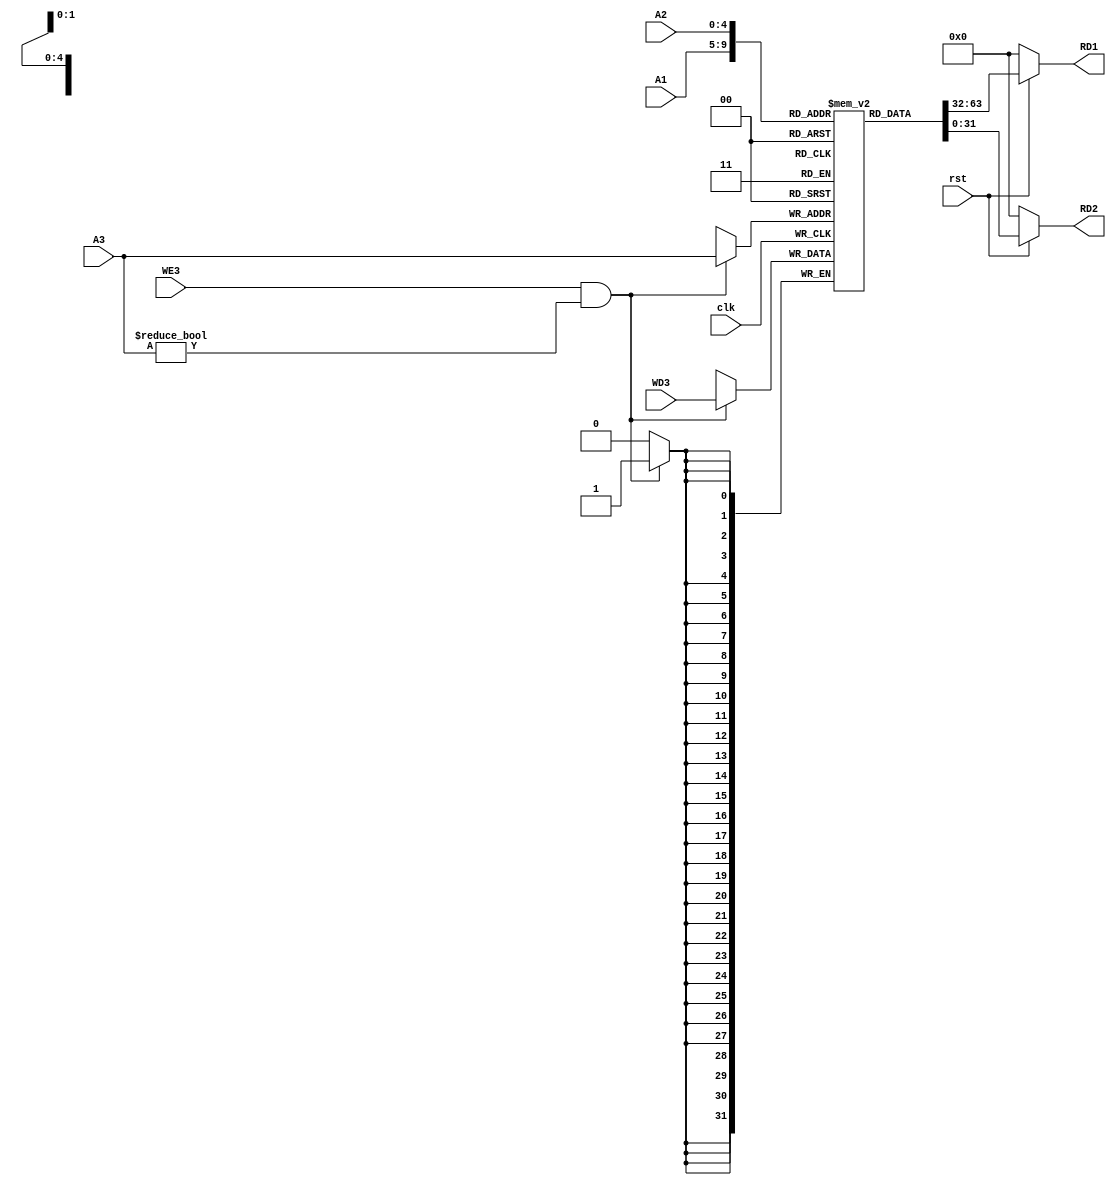
`timescale 1ns / 1ps
//////////////////////////////////////////////////////////////////////////////////
// Company: 
// Engineer: 
// 
// Design Name: 
// Module Name: Register_File
// Project Name: 
// Target Devices: 
// Tool Versions: 
// Description: 
// 
// Dependencies: 
// 
// Revision:
// Revision 0.01 - File Created
// Additional Comments:
// 
//////////////////////////////////////////////////////////////////////////////////


module Register_File(clk,rst,WE3,WD3,A1,A2,A3,RD1,RD2);
    input clk,rst,WE3;
    input [4:0]A1,A2,A3;
    input [31:0]WD3;
    output [31:0]RD1,RD2;

    reg [31:0] Register [31:0];

    always @ (posedge clk)
    begin
        if(WE3 & (A3 != 5'h00))
            Register[A3] <= WD3;
    end

    assign RD1 = (rst==1'b0) ? 32'd0 : Register[A1];
    assign RD2 = (rst==1'b0) ? 32'd0 : Register[A2];

    initial begin
        Register[0] = 32'h00000000;
    end


endmodule